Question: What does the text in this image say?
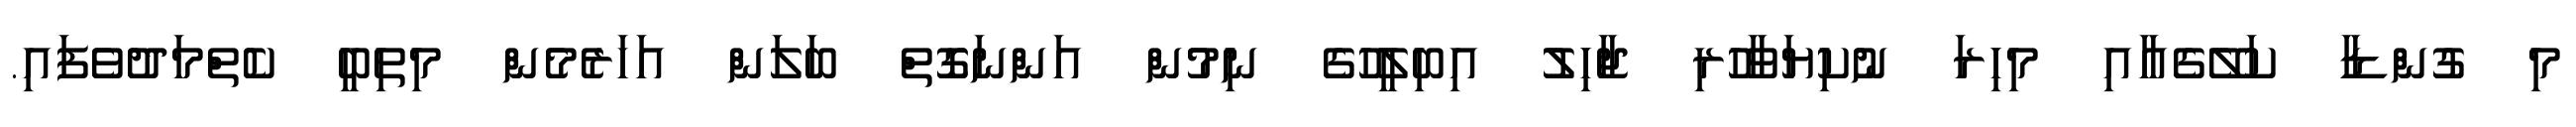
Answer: މި ގުންޑާ ކަލޭގެއާއި މިހިރަ ނުކިޔަވާހުރި ޖާހިލު އިބިލީހުގެ ނިމުން އަންނަގޮތް ބަލަން އަހަރެމެން މިތިބީ ކެތްމަދުވެފައި.